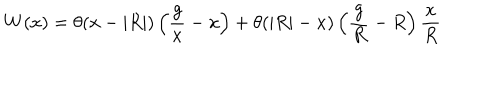
LaTeX: W ( x ) = \theta ( x - | R | ) \left( { \frac { g } { x } } - x \right) + \theta ( | R | - x ) \left( { \frac { g } { R } } - R \right) { \frac { x } { R } }